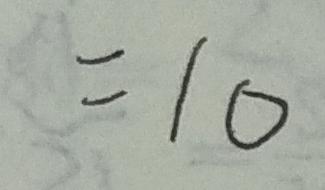
= 1 0